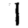
Digit: 1